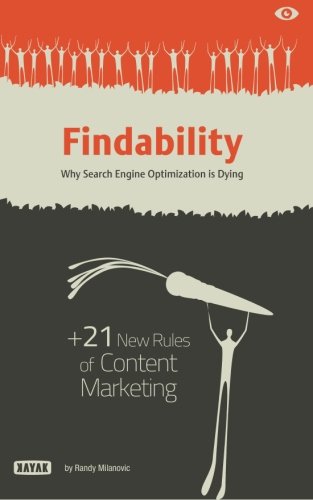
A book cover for Findability: Why Search Engine Optimization is Dying: + 21 New Rules of Content Marketing for 2013 and Beyond; Mr Randy M Milanovic; Computers & Technology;